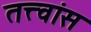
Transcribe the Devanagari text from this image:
तत्त्वांस